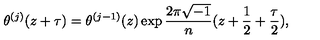
\theta ^ { ( j ) } ( z + \tau ) = \theta ^ { ( j - 1 ) } ( z ) \exp \frac { 2 \pi \sqrt { - 1 } } { n } ( z + \frac { 1 } { 2 } + \frac { \tau } { 2 } ) ,